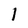
Character: 1